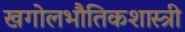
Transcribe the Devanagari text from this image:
खगोलभौतिकशास्त्री